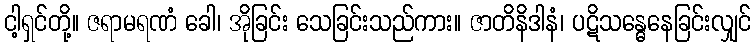
ငါ့ရှင်တို့။ ဇရာမရဏံ ခေါ၊ အိုခြင်း သေခြင်းသည်ကား။ ဇာတိနိဒါနံ၊ ပဋိသန္ဓေနေခြင်းလျှင်